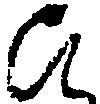
ひ